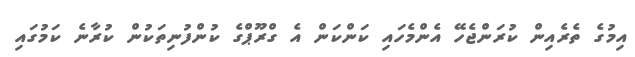
އިމުގެ ތެރެއިން ކުރަންޖެހޭ އެންމެހައި ކަންކަން އެ ގްރޫޕްގެ ކުންފުނިތަކުން ކުރާނެ ކަމުގައި